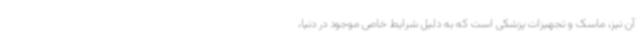
آن نیز، ماسک و تجهیزات پزشکی است که به دلیل شرایط خاص موجود در دنیا،